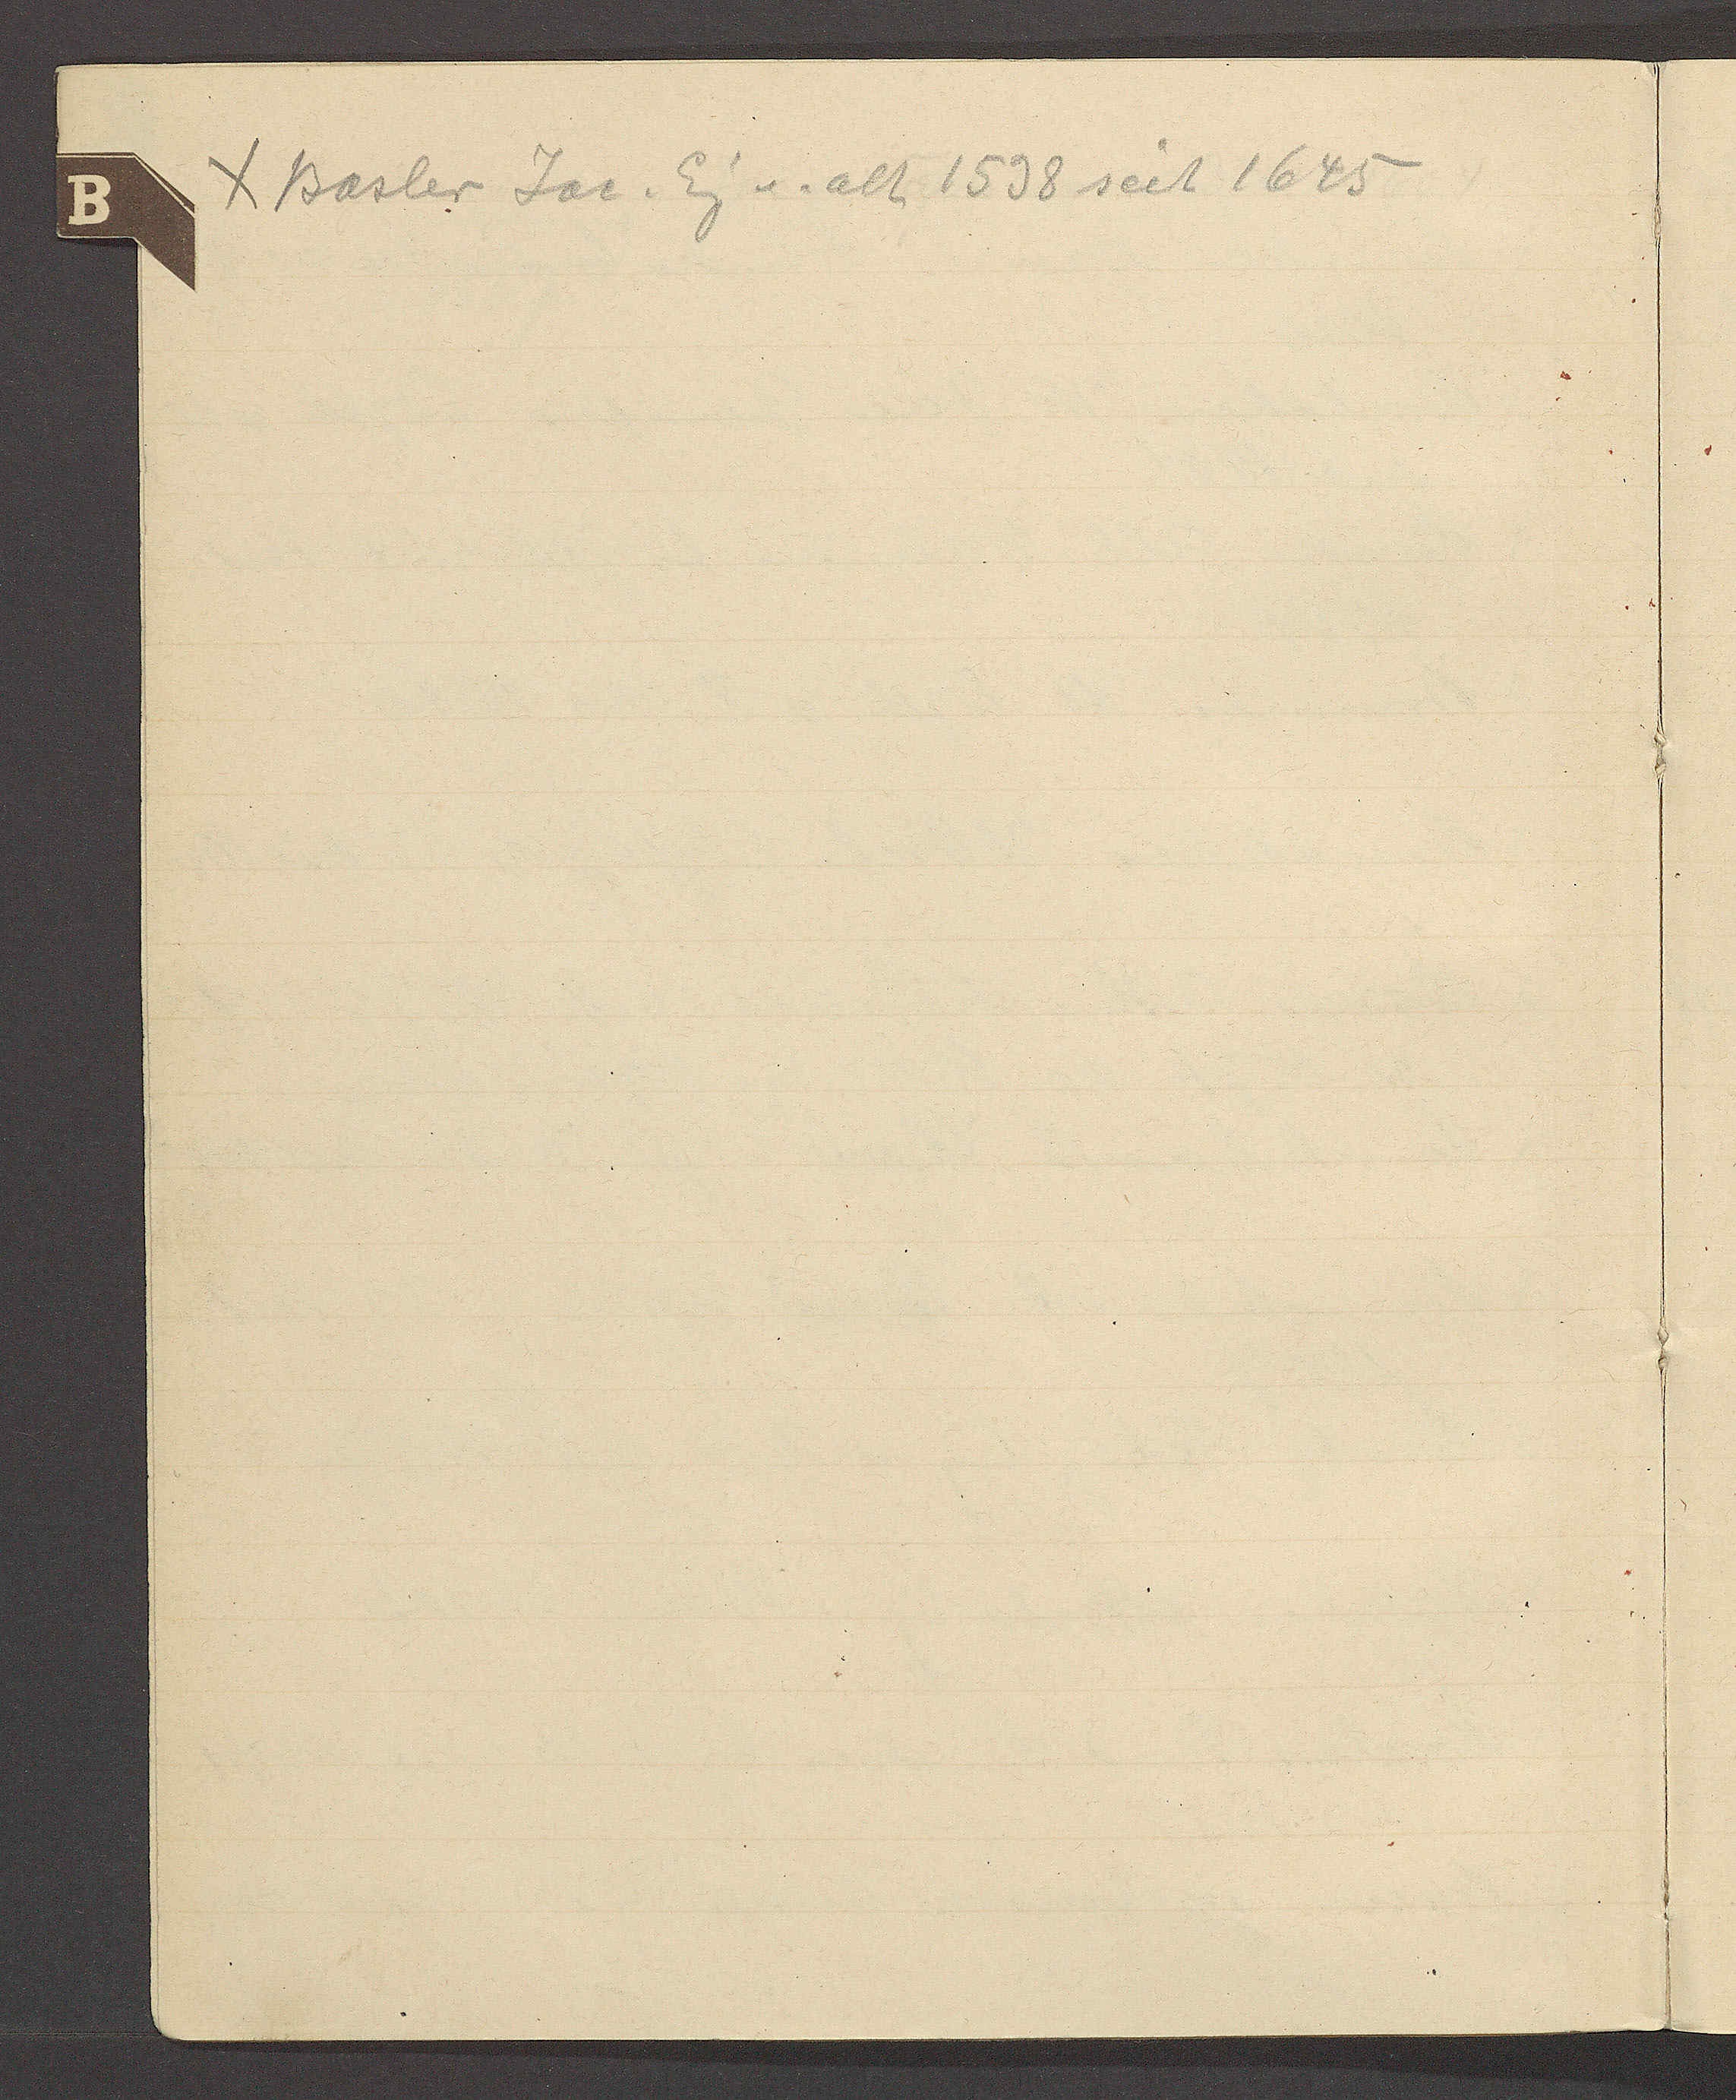
Transcript:
χ Basler Jac. Eig v. alt 1598 seit 1645